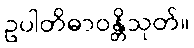
ဥပါတိဓာဝန္တိသုတ်။